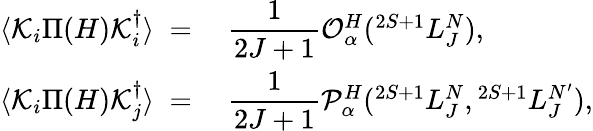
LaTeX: \begin{array}{rl}{{\langle{\cal K}_{i}\Pi(H){\cal K}_{i}^{\dagger}\rangle\; =\; }}&{{{\displaystyle{\frac{1}{2J+1}}}{\cal O}_{\alpha}^{H}({}^{2S+1}L_{J}^{N}),}}\\ {{\langle{\cal K}_{i}\Pi(H){\cal K}_{j}^{\dagger}\rangle\; =\; }}&{{{\displaystyle{\frac{1}{2J+1}}}{\cal P}_{\alpha}^{H}({}^{2S+1}L_{J}^{N},{}^{2S+1}L_{J}^{N^{\prime}}),}}\end{array}